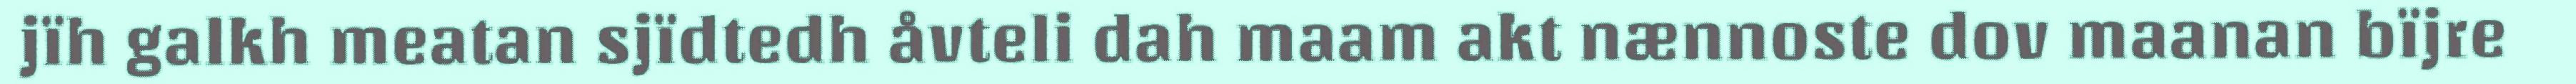
jïh galkh meatan sjïdtedh åvteli dah maam akt nænnoste dov maanan bïjre